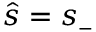
\hat { s } = s _ { { \scriptscriptstyle - } }